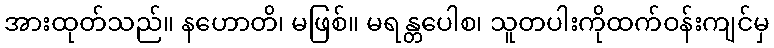
အားထုတ်သည်။ နဟောတိ၊ မဖြစ်။ မရန္တပေါစ၊ သူတပါးကိုထက်ဝန်းကျင်မှ